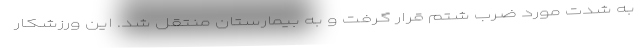
به شدت مورد ضرب شتم قرار گرفت و به بیمارستان منتقل شد. این ورزشکار